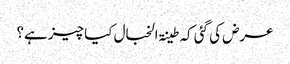
عرض کی گئی کہ طینۃ الخبال کیا چیز ہے؟